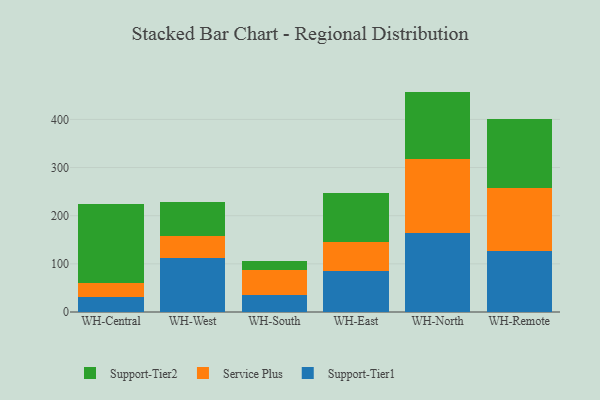
{"axis": {"x": "Warehouse", "y": "Revenue (USD Million)"}, "legend": ["Service Plus", "Support-Tier1", "Support-Tier2"], "data": [{"x": "WH-Central", "y": 32.0, "type": "Support-Tier1"}, {"x": "WH-Central", "y": 29.0, "type": "Service Plus"}, {"x": "WH-Central", "y": 163.1, "type": "Support-Tier2"}, {"x": "WH-West", "y": 112.1, "type": "Support-Tier1"}, {"x": "WH-West", "y": 45.5, "type": "Service Plus"}, {"x": "WH-West", "y": 70.2, "type": "Support-Tier2"}, {"x": "WH-South", "y": 36.2, "type": "Support-Tier1"}, {"x": "WH-South", "y": 50.9, "type": "Service Plus"}, {"x": "WH-South", "y": 19.6, "type": "Support-Tier2"}, {"x": "WH-East", "y": 84.2, "type": "Support-Tier1"}, {"x": "WH-East", "y": 60.5, "type": "Service Plus"}, {"x": "WH-East", "y": 101.4, "type": "Support-Tier2"}, {"x": "WH-North", "y": 163.3, "type": "Support-Tier1"}, {"x": "WH-North", "y": 154.6, "type": "Service Plus"}, {"x": "WH-North", "y": 139.8, "type": "Support-Tier2"}, {"x": "WH-Remote", "y": 125.7, "type": "Support-Tier1"}, {"x": "WH-Remote", "y": 132.5, "type": "Service Plus"}, {"x": "WH-Remote", "y": 143.1, "type": "Support-Tier2"}]}